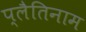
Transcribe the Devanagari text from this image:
प्लैतिनाम